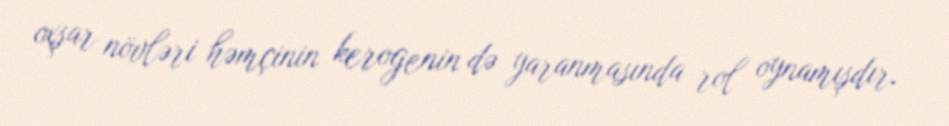
oxşar növləri həmçinin kerogenin də yaranmasında rol oynamışdır.